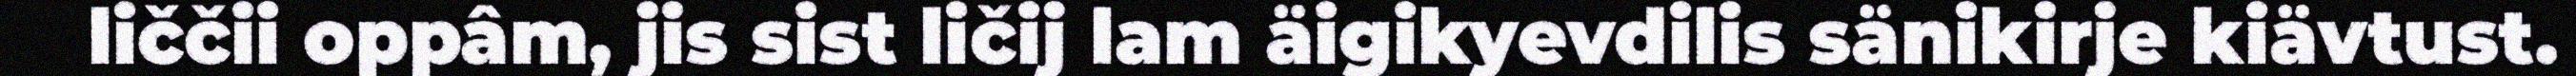
liččii oppâm, jis sist ličij lam äigikyevdilis sänikirje kiävtust.